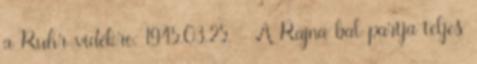
a Ruhr-vidékre. 1945.03.25. - A Rajna bal partja teljes